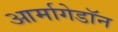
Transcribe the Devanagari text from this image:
आर्मागेडॉन